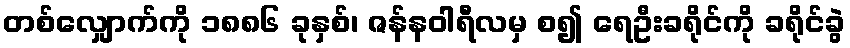
တစ်လျှောက်ကို ၁၈၈၆ ခုနှစ်၊ ဇန်နဝါရီလမှ စ၍ ရေဦးခရိုင်ကို ခရိုင်ခွဲ